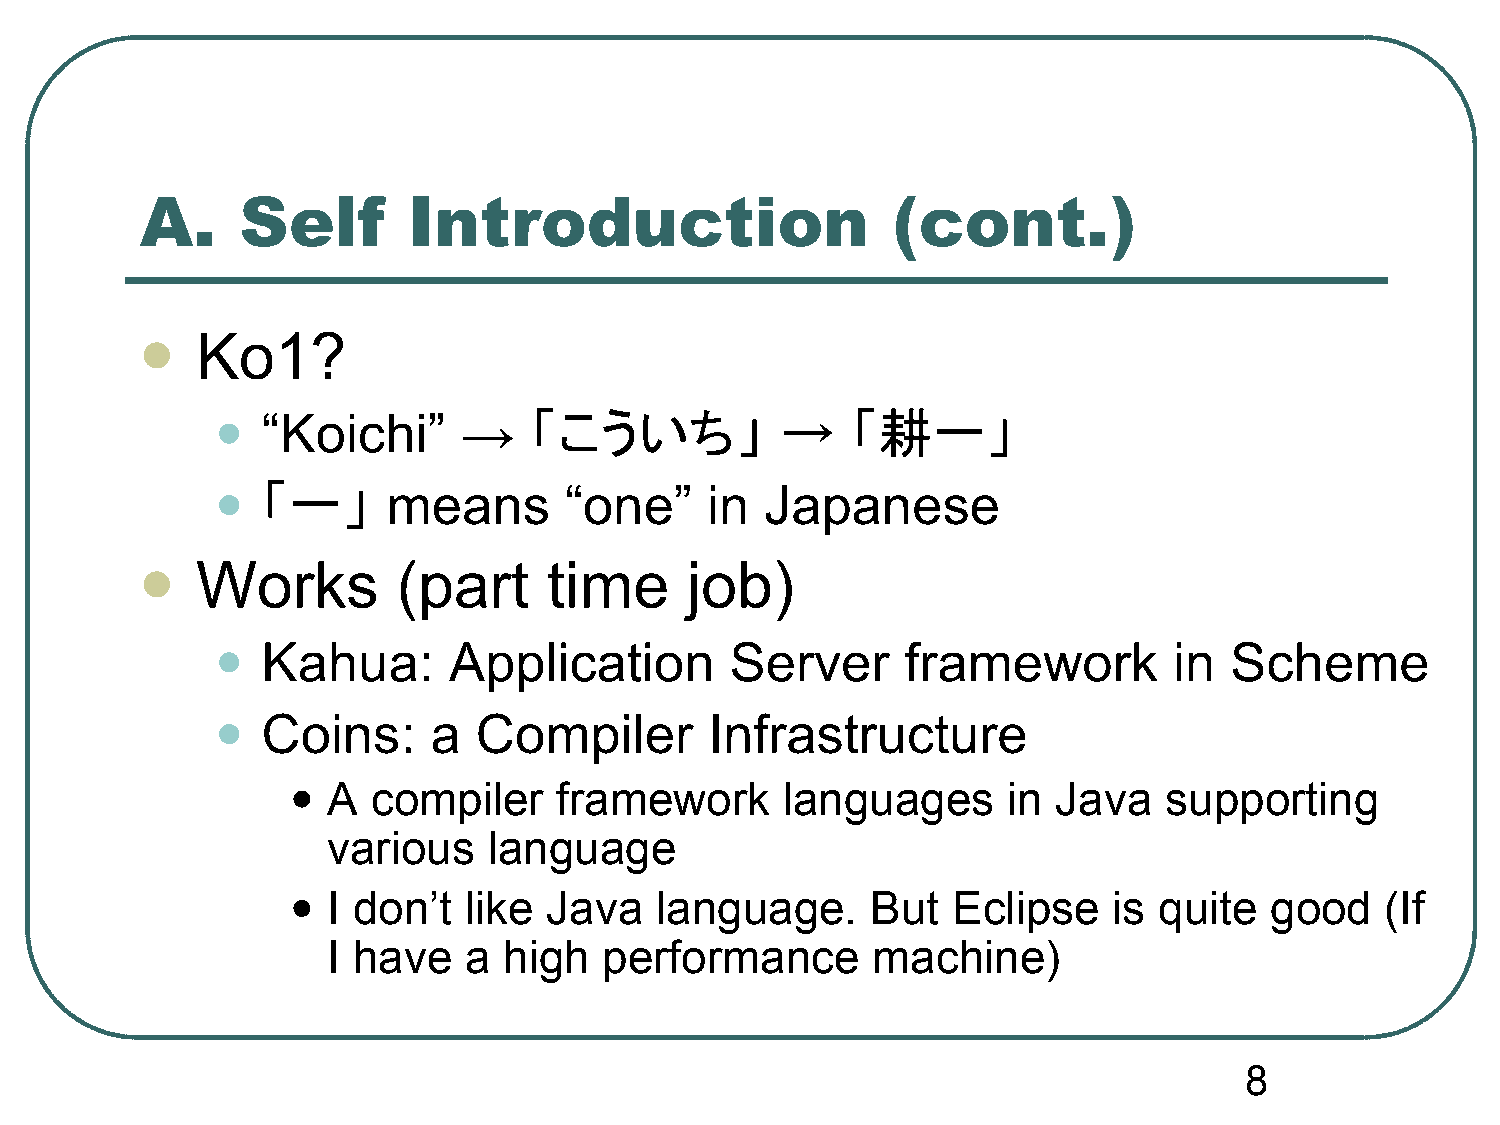
A.     Self       Introduction                    (cont.)
 Ko1?
 
 •
 “Koichi”     →    「こういち」           →   「耕一」
 •
 「一」      means      “one”     in  Japanese
 Works        (part     time     job)
 
 •
 Kahua:       Application       Server      framework         in Scheme
 •
 Coins:      a Compiler        Infrastructure
 •
 A  compiler    framework      languages      in Java   supporting
 various   language
 •
 I don’t  like Java   language.      But  Eclipse    is quite  good    (If
 I have   a high   performance       machine)
 8